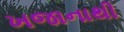
ખજાનાથી